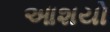
આશયો